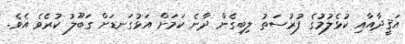
އަޤީދާއާއި ކުޅެލުމުގެ ފުރުސަތު ލިބިގެން ދާނެ ކަމަށް އަޅުގަނޑަށް ގަބޫލު ކުރެވެ އެވެ.